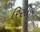
રિસીવ